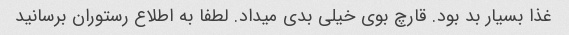
غذا بسیار بد بود. قارچ بوی خیلی بدی میداد. لطفا به اطلاع رستوران برسانید